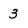
Character: 3